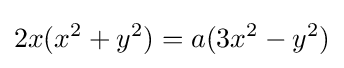
2x(x^{2}+y^{2})=a(3x^{2}-y^{2})